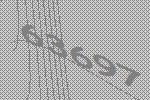
63697